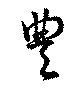
豊